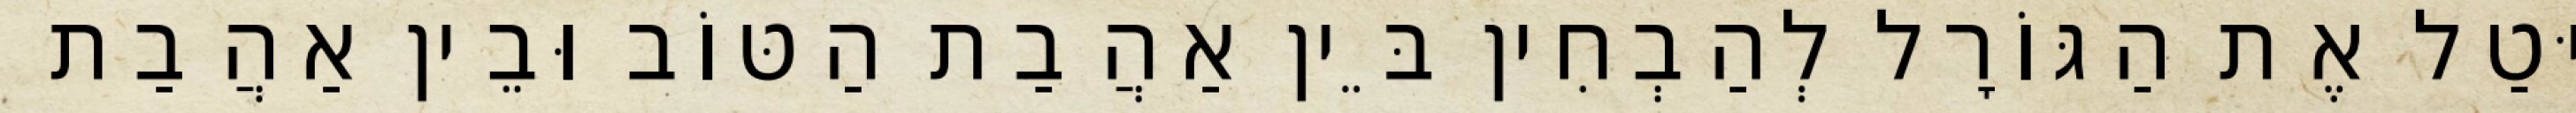
יוּטַל אֶת הַגּוֹרָל לְהַבְחִין בֵּין אַהֲבַת הַטּוֹב וּבֵין אַהֲבַת